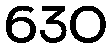
630